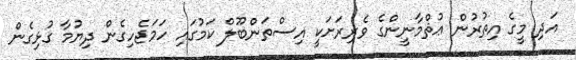
އަދި މީގެ އިތުރުން ޢުޘްމާނީންގެ ވެރިރަށަކީ އިސްތަންބޫލް ކަމުގައި ހަމަޖެހިގެން ދިޔުމާ ގުޅިގެން